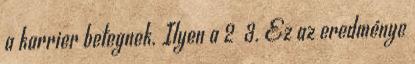
a karrier betegnek. Ilyen a 2 3. Ez az eredménye